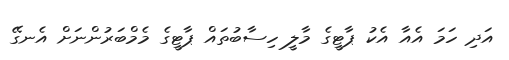
އަދި ހަމަ އެއާ އެކު ޕާޓީގެ މާލީ ހިސާބުތައް ޕާޓީގެ މެމްބަރުންނަށް އެނގޭ